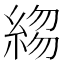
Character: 𬗣